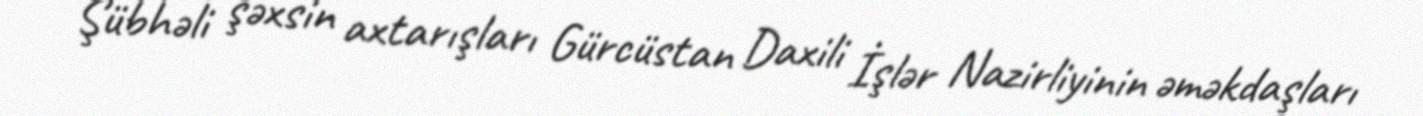
Şübhəli şəxsin axtarışları Gürcüstan Daxili İşlər Nazirliyinin əməkdaşları